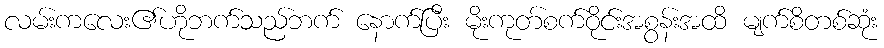
လမ်းကလေး၏ဟိုဘက်သည်ဘက် နောက်ပြီး မိုးကုတ်စက်ဝိုင်းအစွန်းအထိ မျက်စိတစ်ဆုံး